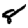
Digit: 8